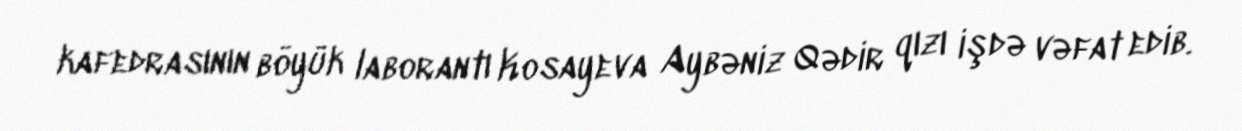
kafedrasının böyük laborantı Kosayeva Aybəniz Qədir qızı işdə vəfat edib.